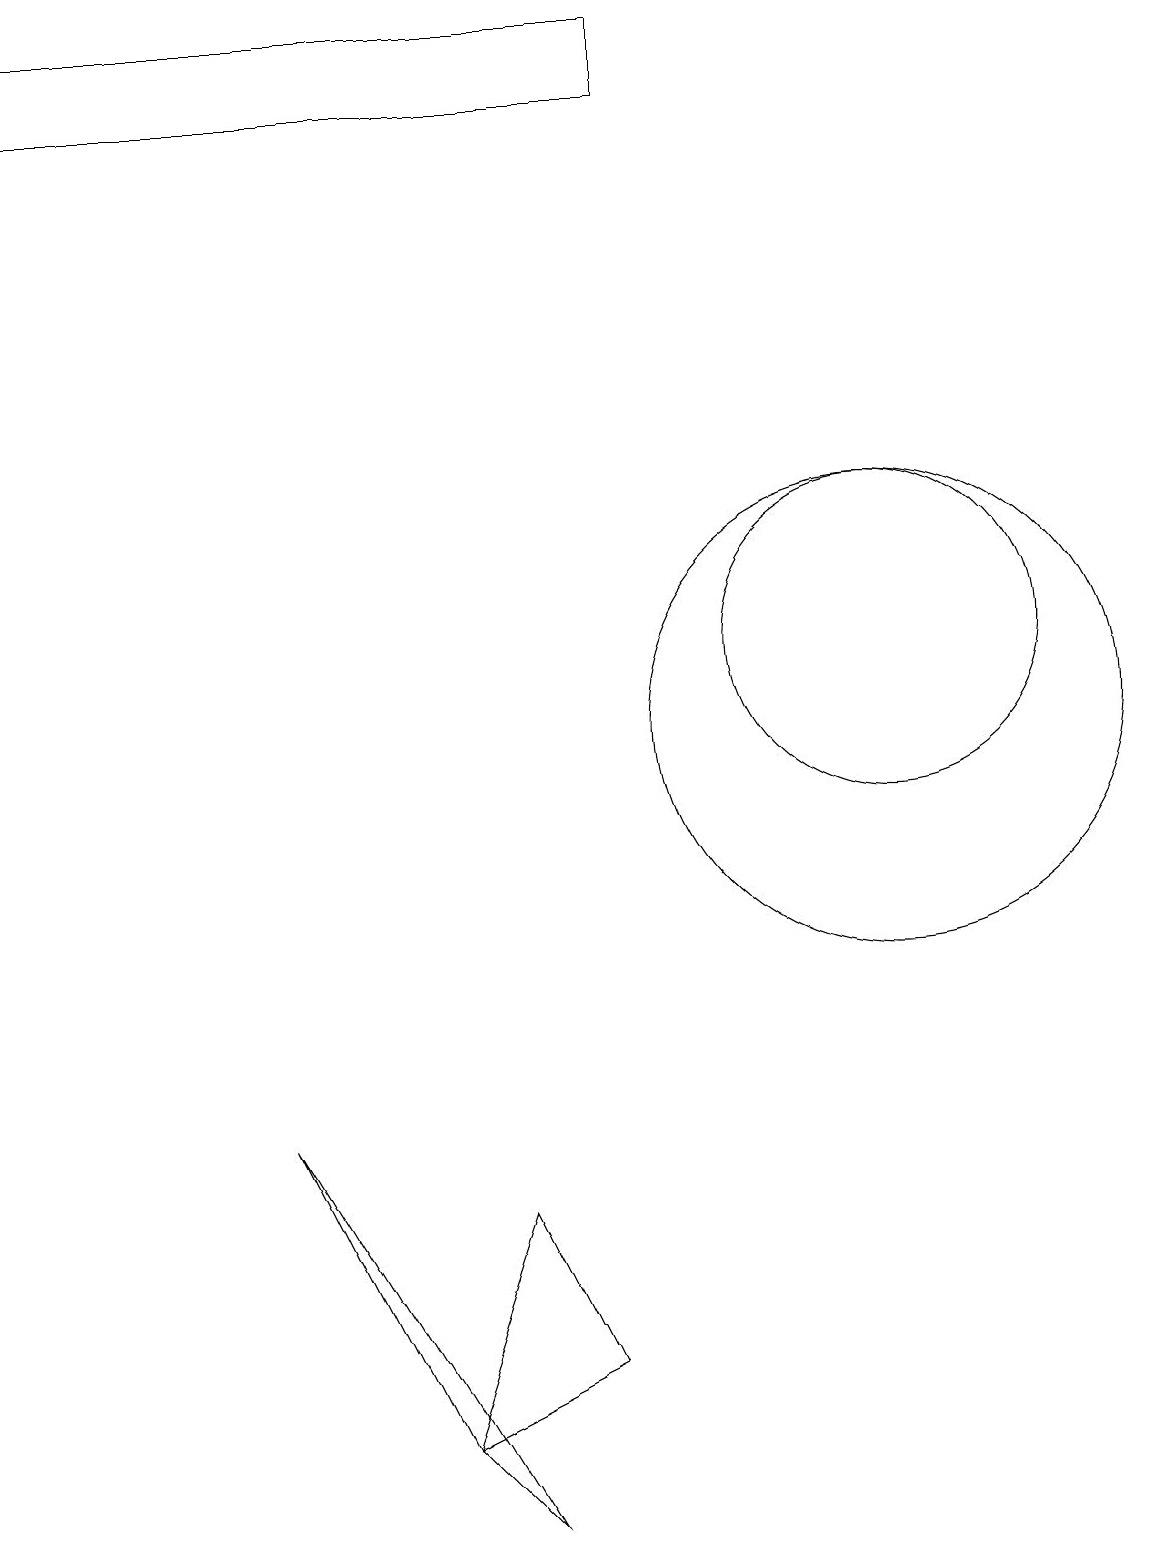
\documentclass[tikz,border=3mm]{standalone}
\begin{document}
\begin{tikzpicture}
\draw (11,10) circle (3);
\draw (7,2) -- (6,4) -- (5,1) -- cycle;
\draw (5,1) -- (6,0) -- (3,5) -- cycle;
\draw (0,19) rectangle (8,18);
\draw (11,11) circle (2);
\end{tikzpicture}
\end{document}